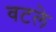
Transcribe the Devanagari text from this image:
वटले